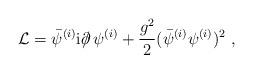
LaTeX: \begin{align*}{\cal L}= \bar{\psi}^{(i)} {\rm i} \partial \!\!\!/ \, \psi^{(i)} +\frac{g^2}{2} (\bar{\psi}^{(i)}\psi^{(i)})^2 \ ,\end{align*}